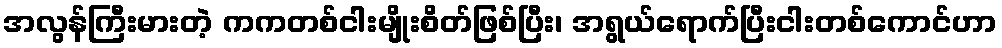
အလွန်ကြီးမားတဲ့ ကကတစ်ငါးမျိုးစိတ်ဖြစ်ပြီး၊ အရွယ်ရောက်ပြီးငါးတစ်ကောင်ဟာ